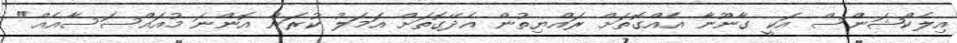
އިލެކްޝަންސް އަކީ ގާނޫނާ އެއްގޮތަށް ރައްޔިތުން އެދޭގޮތަށް އަމަލު ކުރަން އޮންނަ މުއައްސަސާއެއް"